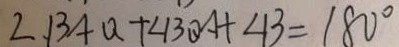
\angle B A Q + \angle B Q A + \angle B = 1 8 0 ^ { \circ }